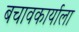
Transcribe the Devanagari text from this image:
बचावकार्याला